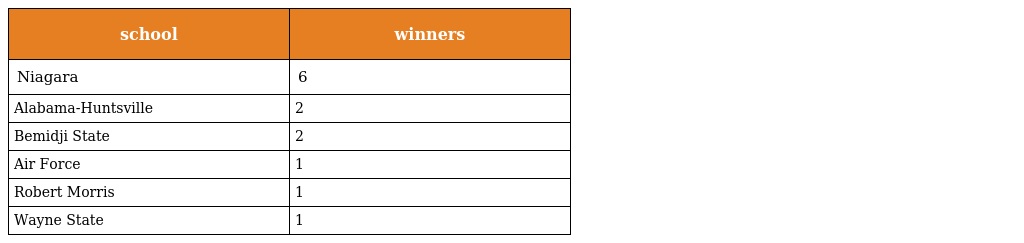
| school | winners |
 | --- | --- |
 | Niagara | 6 |
 | Alabama-Huntsville | 2 |
 | Bemidji State | 2 |
 | Air Force | 1 |
 | Robert Morris | 1 |
 | Wayne State | 1 |